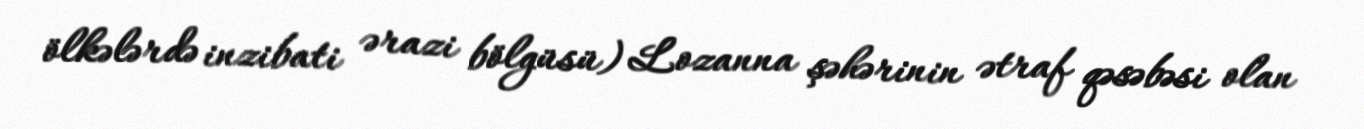
ölkələrdə inzibati ərazi bölgüsü) Lozanna şəhərinin ətraf qəsəbəsi olan